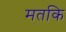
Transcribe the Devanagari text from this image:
मतकि